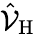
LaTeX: \hat{\mathcal{V}}_{\mathrm{H}}